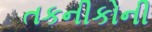
તકનીકોની